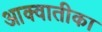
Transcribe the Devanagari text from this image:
आक्वातीका